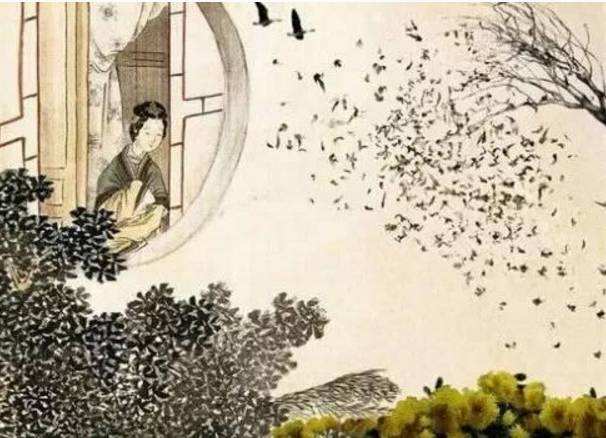
往事思量一晌空，飞絮无情，依旧烟笼。